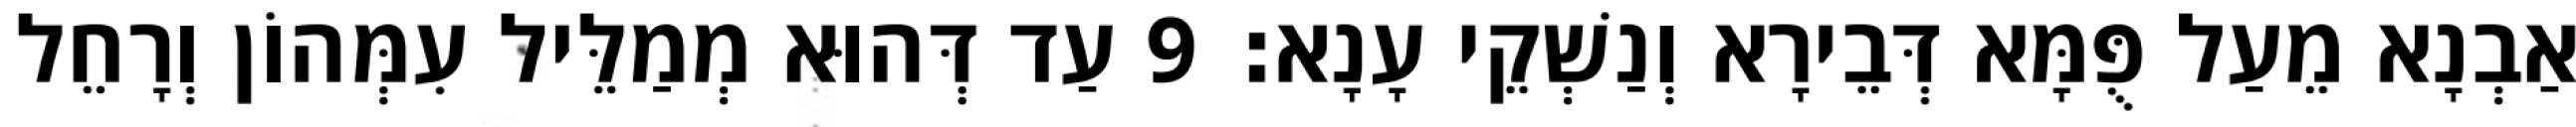
אַבְנָא מֵעַל פֻּמָּא דְּבֵירָא וְנַשְׁקֵי עָנָא׃ 9 עַד דְּהוּא מְמַלֵּיל עִמְּהוֹן וְרָחֵל